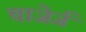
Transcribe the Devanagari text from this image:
चाजेर्ज